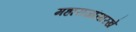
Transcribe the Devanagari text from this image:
महाराजांसारखे